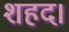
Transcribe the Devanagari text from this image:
शहद।